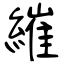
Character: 繀